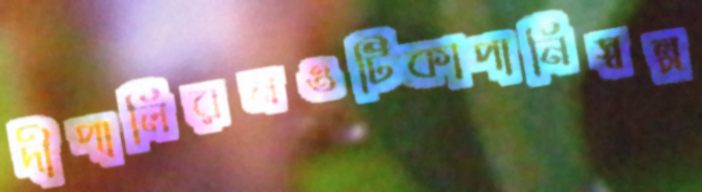
দীপালিরনওটিকাপানিস্বল্প